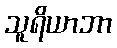
သူရိယာဘာ